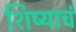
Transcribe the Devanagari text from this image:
शिष्याचं